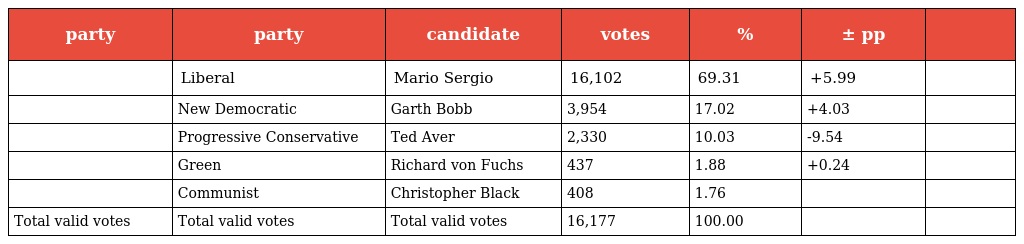
| party | party | candidate | votes | % | ± pp |  |
 | --- | --- | --- | --- | --- | --- | --- |
 |  | Liberal | Mario Sergio | 16,102 | 69.31 | +5.99 |  |
 |  | New Democratic | Garth Bobb | 3,954 | 17.02 | +4.03 |  |
 |  | Progressive Conservative | Ted Aver | 2,330 | 10.03 | -9.54 |  |
 |  | Green | Richard von Fuchs | 437 | 1.88 | +0.24 |  |
 |  | Communist | Christopher Black | 408 | 1.76 |  |  |
 | Total valid votes | Total valid votes | Total valid votes | 16,177 | 100.00 |  |  |